Leaving Certificate Examination, 1915
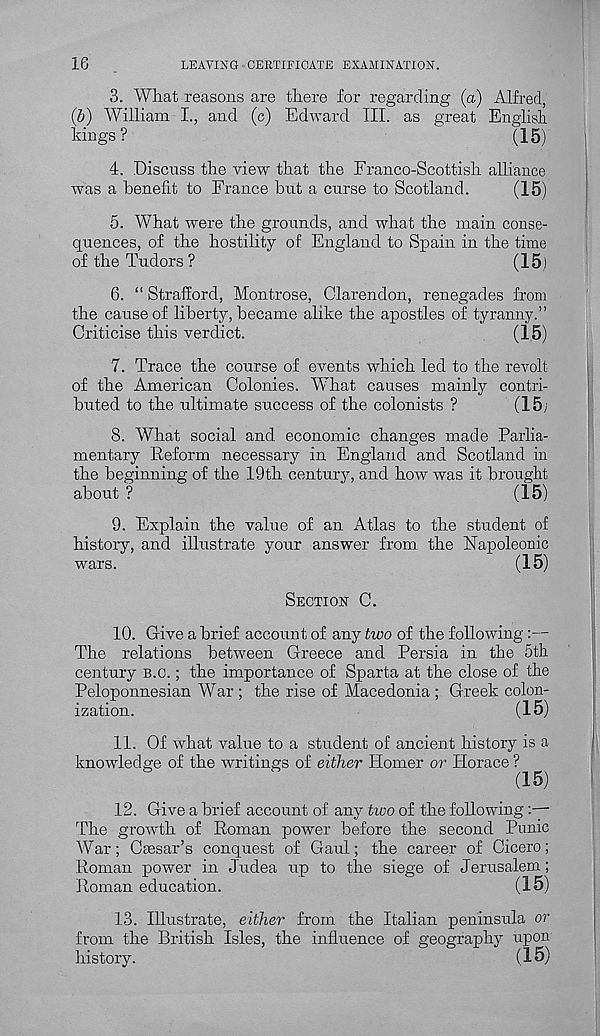
16
LEAVING CERTIFICATE EXAMINATION.
3. What reasons are there for regarding (a) Alfred,
(b) William I., and (c) Edward TIL as great English
kings?
(15)
4. Discuss the view that the Franco-Scottish alliance
was a benefit to France but a curse to Scotland.
(15)
5. What were the grounds, and what the main conse-
quences, of the hostility of England to Spain in the time
of the Tudors ?
(15)
6. “ Strafford, Montrose, Clarendon, renegades from
the cause of liberty, became alike the apostles of tyranny.”
Criticise this verdict.
(15)
7. Trace the course of events which led to the revolt
of the American Colonies. What causes mainly contri-
buted to the ultimate success of the colonists ?
(15;
8. What social and economic changes made Parlia-
mentary Reform necessary in England and Scotland in
the beginning of the 19th century, and how was it brought
about ?
(15)
9. Explain the value of an Atlas to the student of
history, and illustrate your answer from the Napoleonic
wars.
(15)
SECTION C.
10. Give a brief account of any two of the following :—
The relations between Greece and Persia in the 5th
century B.o.; the importance of Sparta at the close of the
Peloponnesian War ; the rise of Macedonia ; Greek colon-
ization.
(15)
11. Of what value to a student of ancient history is a
knowledge of the writings of either Homer or Horace ?
(15)
12. Give a brief account of any two of the following
The growth of Roman power before the second Punic
A'Var; Caesar’s conquest of Gaul; the career of Cicero;
Roman power in Judea up to the siege of Jerusalem;
Roman education.
(15)
13. Illustrate, either from the Italian peninsula or
from the British Isles, the influence of geography upon
history.
(15)